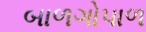
બાળગોપાળ